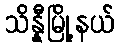
သိန္နီမြို့နယ်